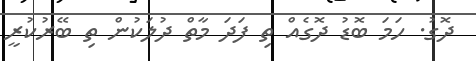
ދޮގު. ހަމަ ބޮޑު ދޮގެއް ތި ފަދަ މާތް ދުލަކުން ތި ބޭރުކުރީ